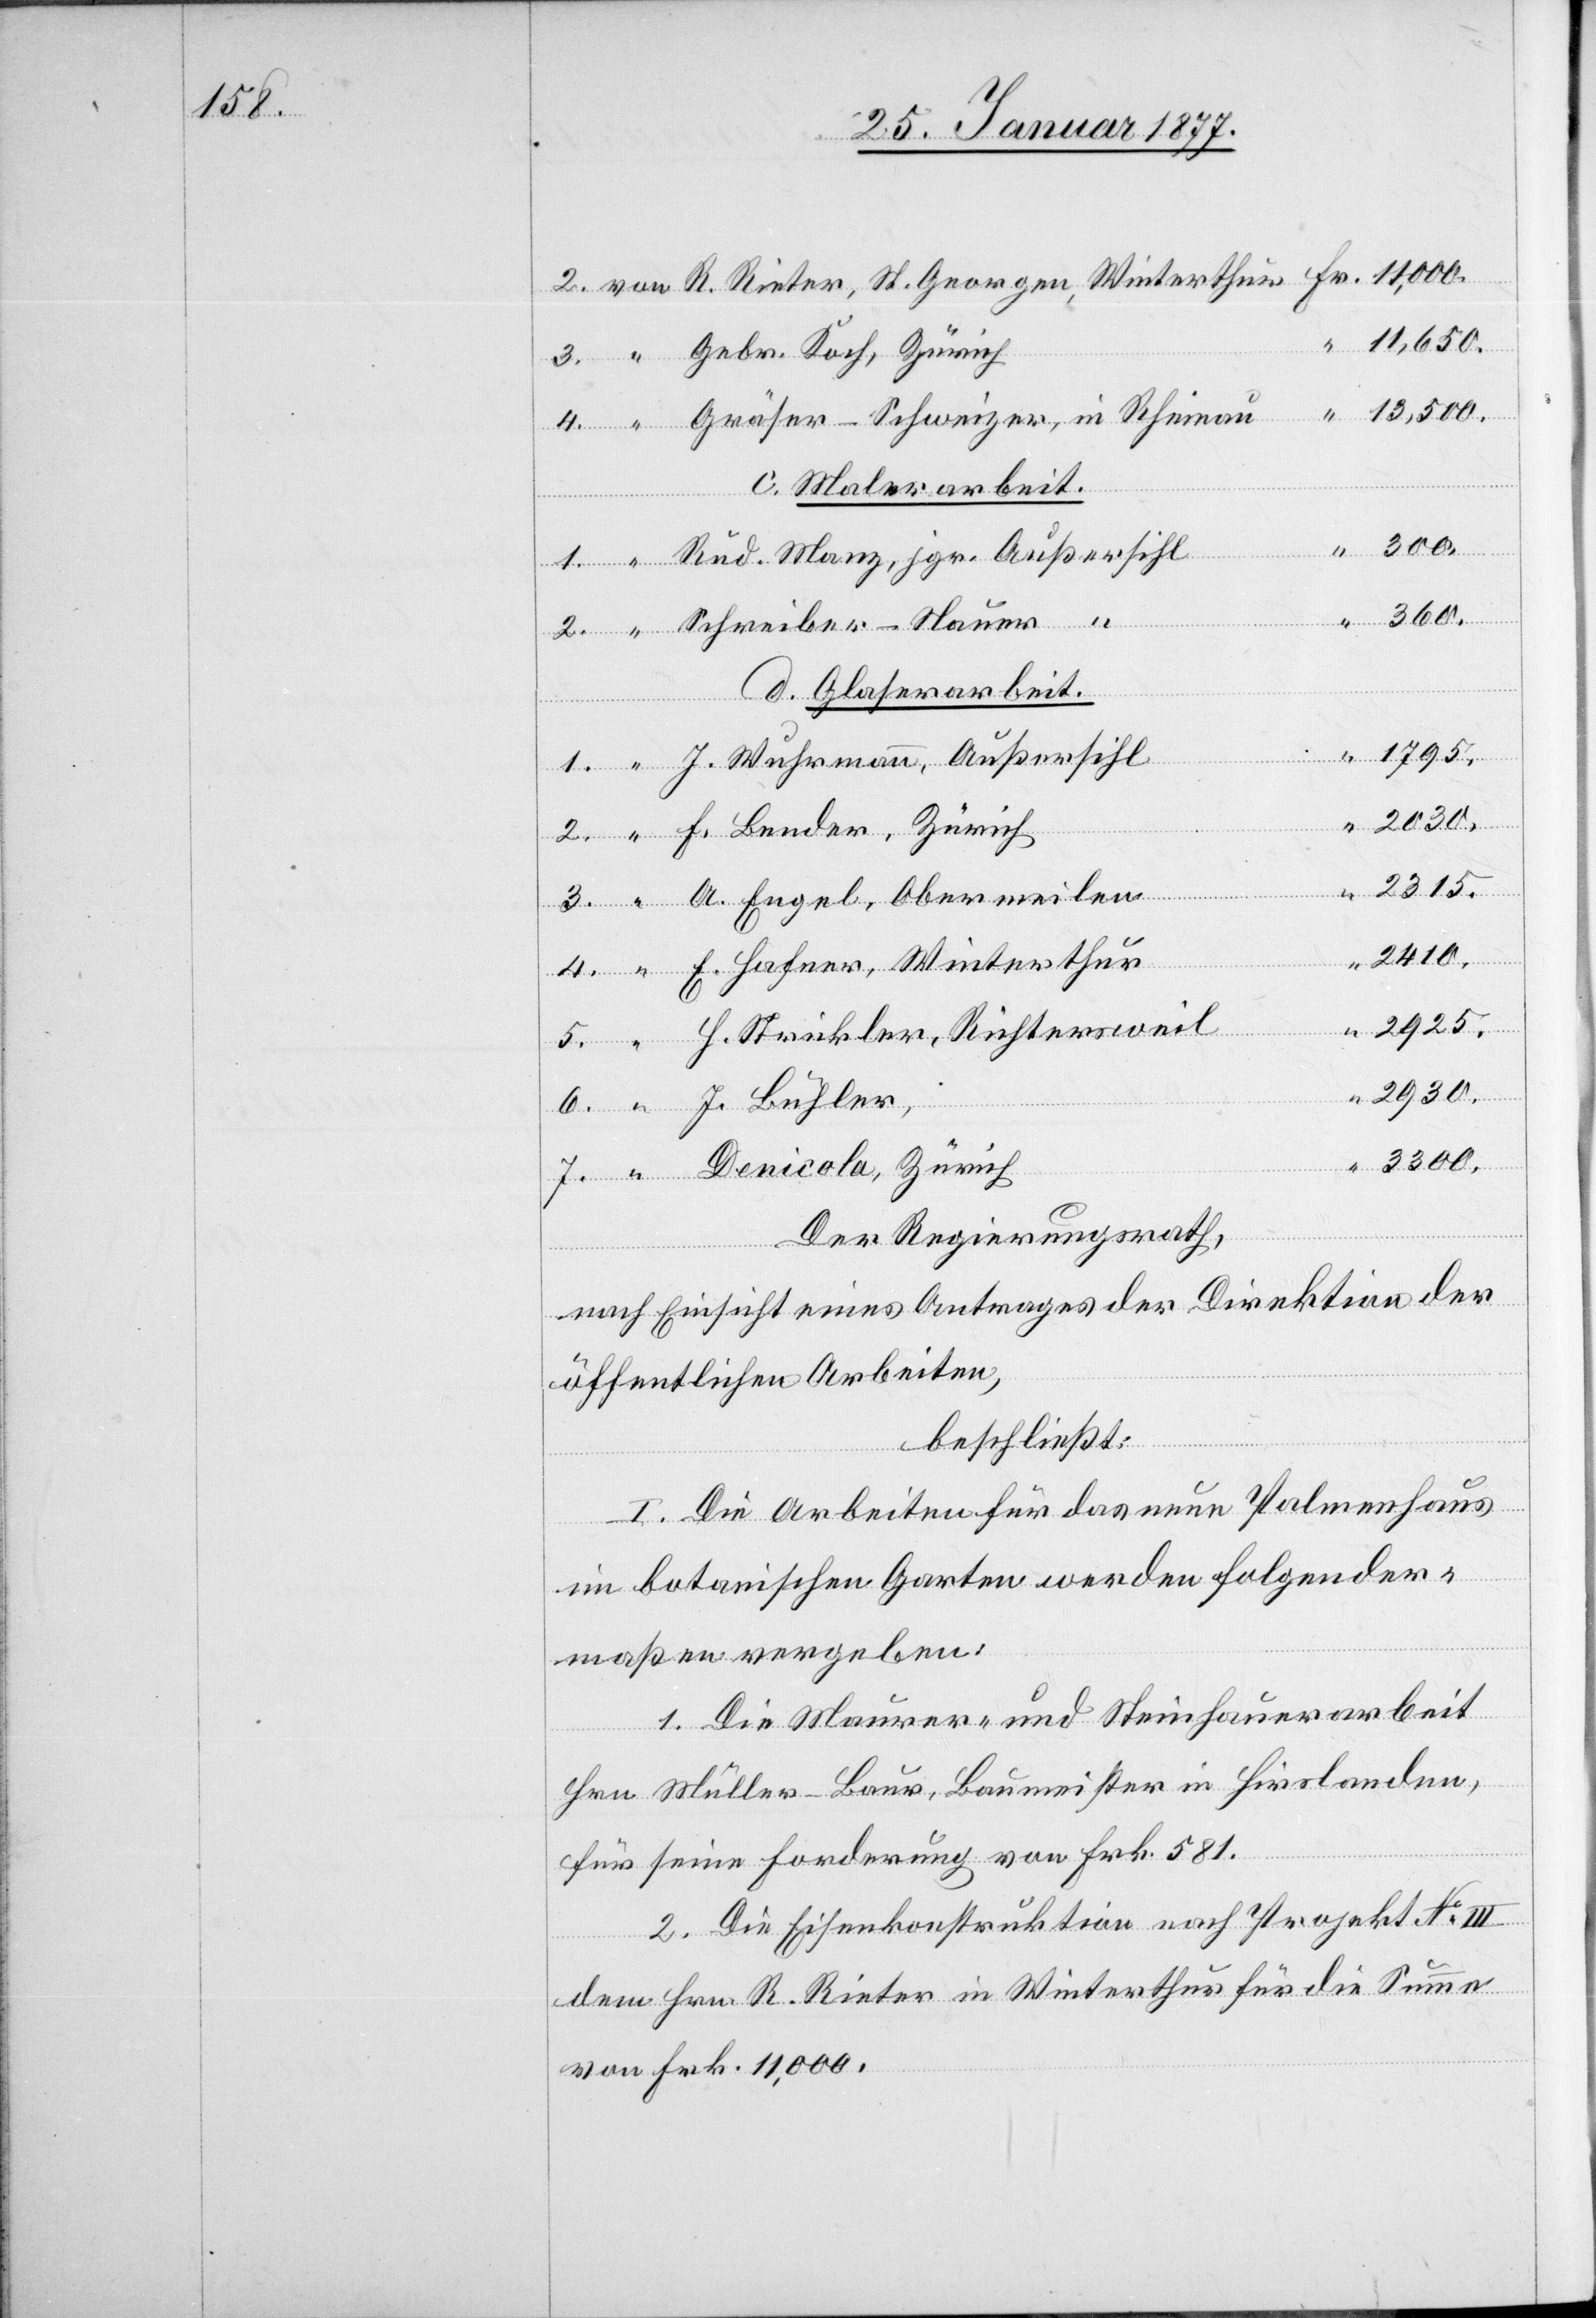
1795.

11,650.
Gebr. Koch, Zürich
“
Gräser-Schweizer, in Rheinau
c. Malerarbeit.
360.
St.
Bender,
d. Glaserarbeit.
J. Wuhrmann, Außersihl
4.
2315.
A. Engel, Obermeilen
2410.
E. Hafner, Winterthur
“
2925.
H. Strickler, Richtersweil
2930.
“
3300.
Denicola, Zürich
Der Regierungsrath,
nach Einsicht eines Antrages der Direktion der
öffentlichen Arbeiten,
beschließt:
I. Die Arbeiten für das neue Palmenhaus
im botanischen Garten werden folgender¬
maßen vergeben:
1. Die Maurer- und Steinhauerarbeit
Hrn. Müller-Baur, Baumeister in Hirslanden
für seine Forderung von Frk. 581.
2. Die Eisenkonstruktion nach Projekt No
dem Hrn. R. Reiter in Winterthur für die Summe
von Frk. 11,000.

Manz,

…